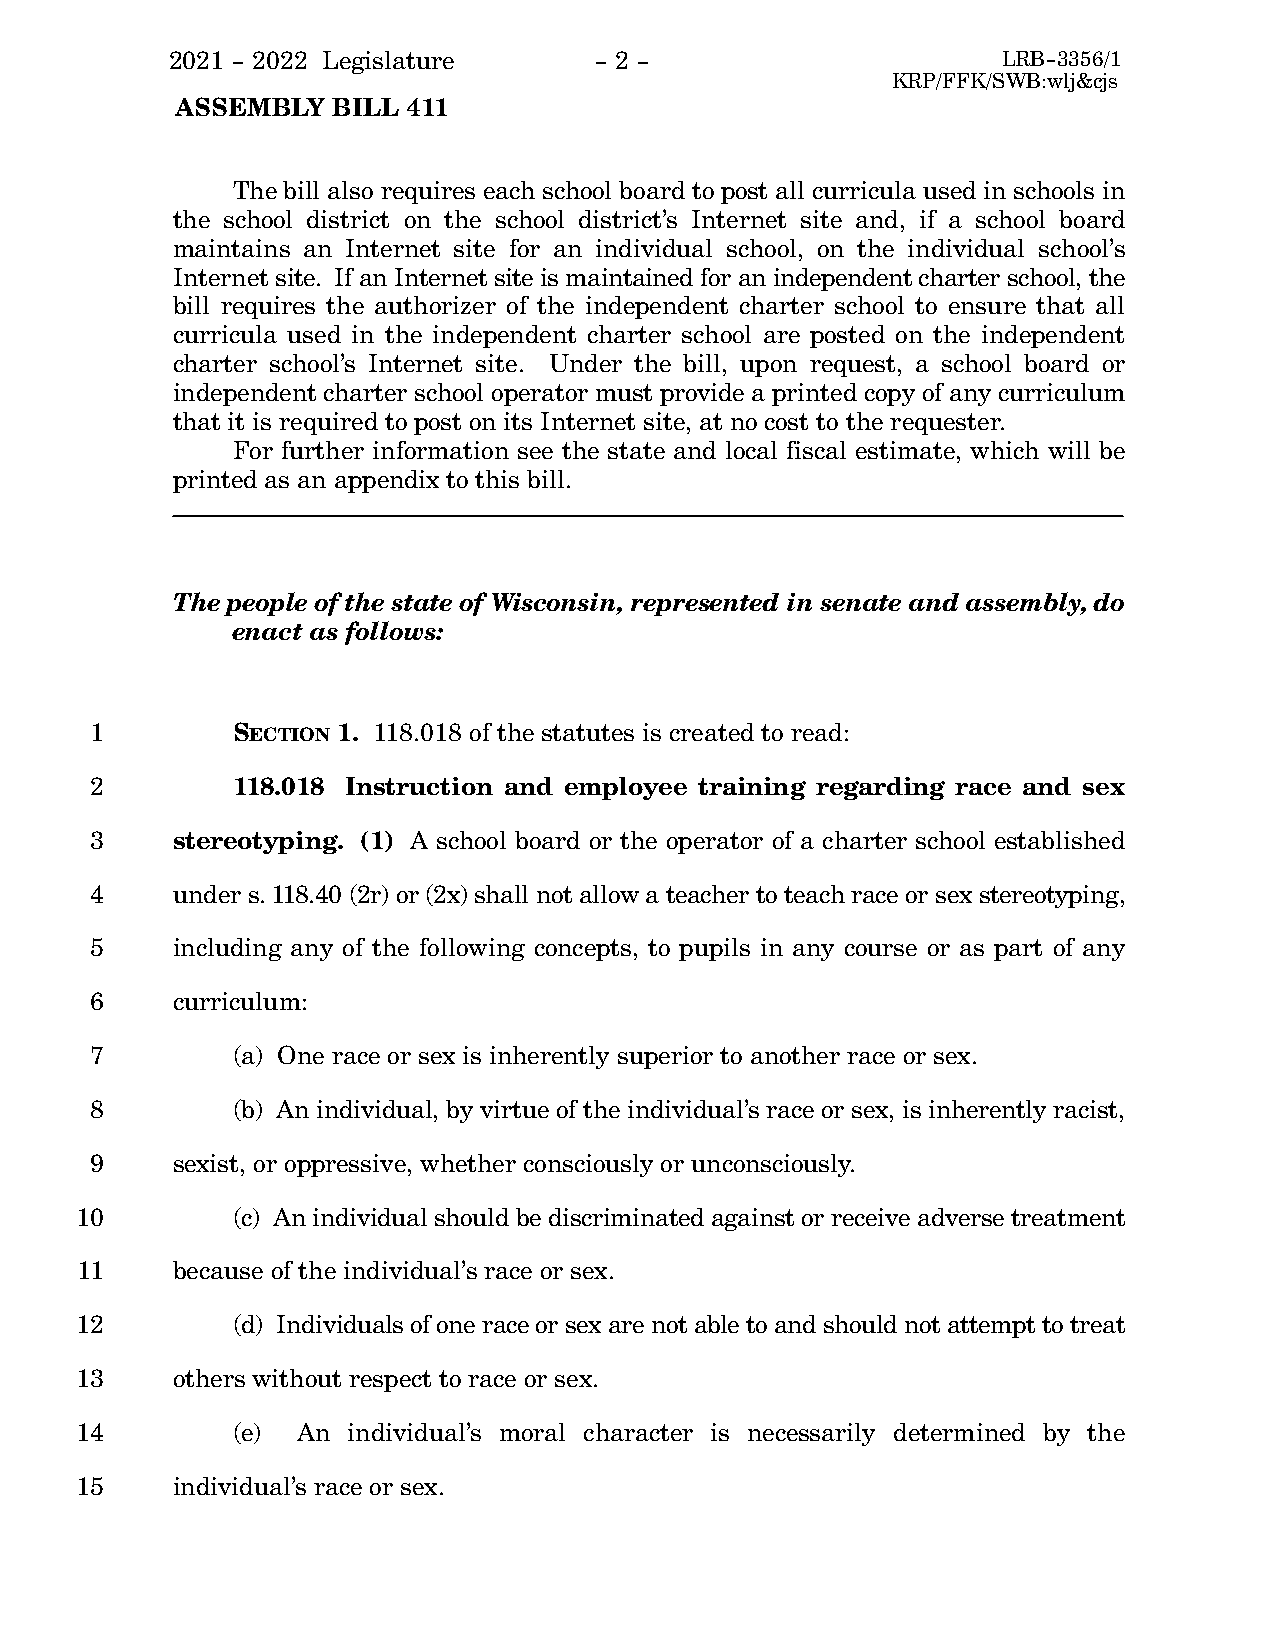
2021 - 2022 Legislature     - 2 -                      LRB-3356/1
 KRP/FFK/SWB:wlj&cjs
 ASSEMBLY  BILL 411
 The bill also requires each school board to post all curricula used in schools in
 the school district on the school district's Internet site and, if a school board
 maintains an Internet site for an individual school, on the individual school's
 Internet site. If an Internet site is maintained for an independent charter school, the
 bill requires the authorizer of the independent charter school to ensure that all
 curricula used in the independent charter school are posted on the independent
 charter school's Internet site. Under the bill, upon request, a school board or
 independent charter school operator must provide a printed copy of any curriculum
 that it is required to post on its Internet site, at no cost to the requester.
 For further information see the state and local fiscal estimate, which will be
 printed as an appendix to this bill.
 The people of the state of Wisconsin, represented in senate and assembly, do
 enact as follows:
 1        SECTION 1. 118.018 of the statutes is created to read:
 2        118.018 Instruction and employee training regarding race and sex
 3    stereotyping. (1) A school board or the operator of a charter school established
 4    under s. 118.40 (2r) or (2x) shall not allow a teacher to teach race or sex stereotyping,
 5    including any of the following concepts, to pupils in any course or as part of any
 6    curriculum:
 7        (a) One race or sex is inherently superior to another race or sex.
 8        (b) An individual, by virtue of the individual's race or sex, is inherently racist,
 9    sexist, or oppressive, whether consciously or unconsciously.
 10        (c) An individual should be discriminated against or receive adverse treatment
 11    because of the individual's race or sex.
 12        (d) Individuals of one race or sex are not able to and should not attempt to treat
 13    others without respect to race or sex.
 14        (e)  An individual's moral character is necessarily determined by the
 15    individual's race or sex.